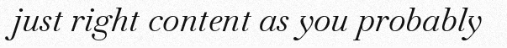
just right content as you probably